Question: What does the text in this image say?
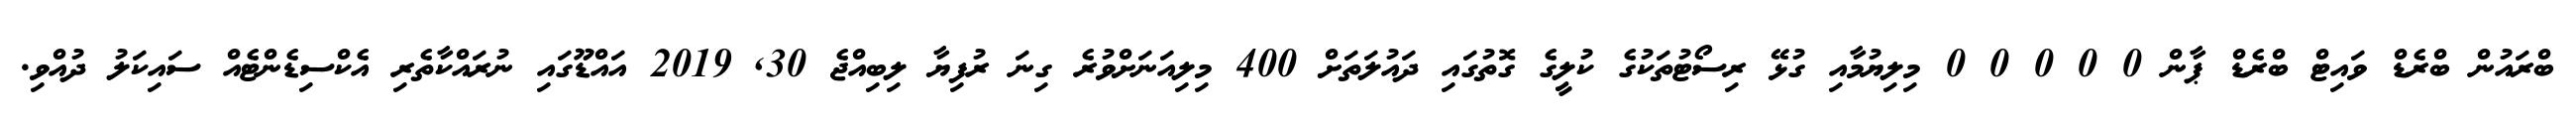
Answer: ބްރައުން ބްރެޑް ވައިޓް ބްރެޑް ޕާން 0 0 0 0 0 މިލިޔުމާއި ގުޅޭ ރިސޯޓުތަކުގެ ކުލީގެ ގޮތުގައި ދައުލަތަށް 400 މިލިއަނަށްވުރެ ގިނަ ރުފިޔާ ލިބިއްޖެ 30, 2019 އައްޑޫގައި ނުރައްކާތެރި އެކްސިޑެންޓެއް ސައިކަލު ދުއްވި.